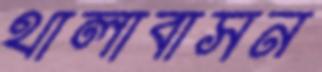
থালাবাসন